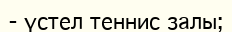
- үстел теннис залы;